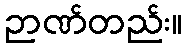
ဉာဏ်တည်း။